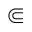
\Subset